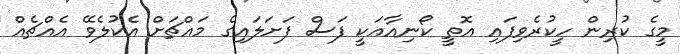
މީގެ ކުރިން ހީކުރެވިފައި އޮތީ ކޯނިއާއަކީ ފަސް ފަށަލައިގެ މައްޗަށް އެކުލެވޭ އެއްޗެއް